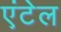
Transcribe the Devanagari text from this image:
एंटेल